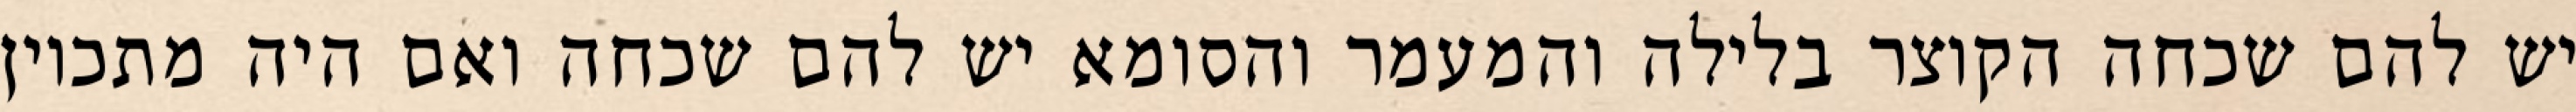
יש להם שכחה הקוצר בלילה והמעמר והסומא יש להם שכחה ואם היה מתכוין